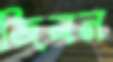
জিলন